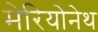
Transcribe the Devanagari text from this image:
मेरियोनेथ